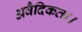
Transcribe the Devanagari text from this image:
अवैदिकता।